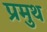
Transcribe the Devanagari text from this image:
प्रमुथ